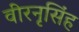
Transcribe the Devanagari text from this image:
वीरनृसिंह